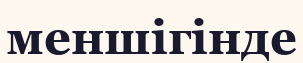
меншігінде